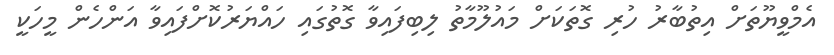
އެމްވީޔޫތަށް އިތުބާރު ހުރި ގޮތަކަށް މައުލޫމާތު ލިބިފައިވާ ގޮތުގައި ހައްޔަރުކޮށްފައިވާ އަންހެން މީހަކީ